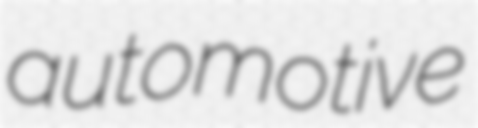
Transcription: automotive